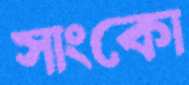
সাংকো